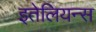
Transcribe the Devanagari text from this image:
इतेलियन्स